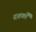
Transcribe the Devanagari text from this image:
दशर्कों